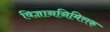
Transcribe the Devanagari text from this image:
विज्ञाननिमित्तक